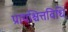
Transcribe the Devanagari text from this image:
प्रायश्चित्तविधि